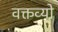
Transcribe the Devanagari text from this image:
वक्तव्यो